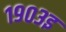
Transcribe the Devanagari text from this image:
१९०३इ